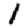
Digit: 1